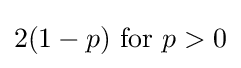
2(1-p){\text{ for }}p>0